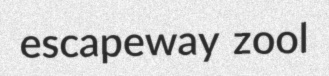
escapeway zool